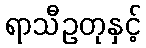
ရာသီဥတုနှင့်